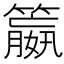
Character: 𮆝